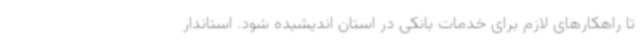
تا راهکارهای لازم برای خدمات بانکی در استان اندیشیده شود. استاندار